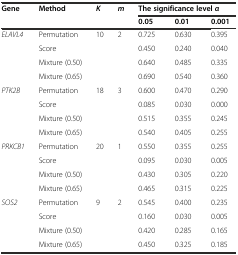
| <ROWSPAN=2> Gene | <ROWSPAN=2> Method | <ROWSPAN=2> K | <ROWSPAN=2> m | <COLSPAN=3> The significance levelα |
 | 0.05 | 0.01 | 0.001 |
 | --- | --- | --- | --- | --- | --- | --- |
 | ELAVL4 | Permutation | 10 | 2 | 0.725 | 0.630 | 0.395 |
 |  | Score |  |  | 0.450 | 0.240 | 0.040 |
 |  | Mixture (0.50) |  |  | 0.640 | 0.485 | 0.335 |
 |  | Mixture (0.65) |  |  | 0.690 | 0.540 | 0.360 |
 | PTK2B | Permutation | 18 | 3 | 0.600 | 0.470 | 0.290 |
 |  | Score |  |  | 0.085 | 0.030 | 0.000 |
 |  | Mixture (0.50) |  |  | 0.515 | 0.355 | 0.245 |
 |  | Mixture (0.65) |  |  | 0.540 | 0.405 | 0.255 |
 | PRKCB1 | Permutation | 20 | 1 | 0.550 | 0.355 | 0.255 |
 |  | Score |  |  | 0.095 | 0.030 | 0.005 |
 |  | Mixture (0.50) |  |  | 0.430 | 0.305 | 0.220 |
 |  | Mixture (0.65) |  |  | 0.465 | 0.315 | 0.225 |
 | SOS2 | Permutation | 9 | 2 | 0.545 | 0.400 | 0.235 |
 |  | Score |  |  | 0.160 | 0.030 | 0.005 |
 |  | Mixture (0.50) |  |  | 0.420 | 0.285 | 0.165 |
 |  | Mixture (0.65) |  |  | 0.450 | 0.325 | 0.185 |